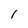
Character: I